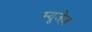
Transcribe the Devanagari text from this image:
म्यूजेज़